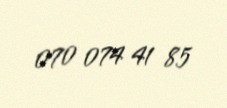
070 074 41 85